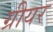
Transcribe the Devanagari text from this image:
ग्रीयर